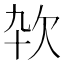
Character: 𰙊